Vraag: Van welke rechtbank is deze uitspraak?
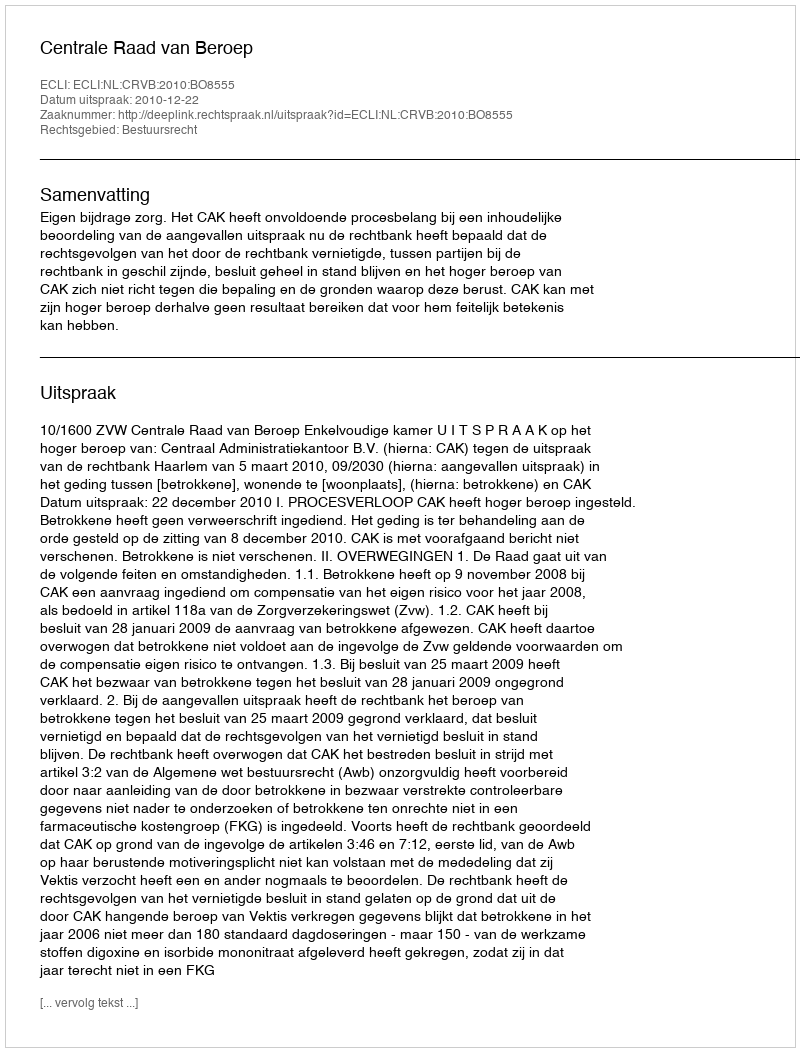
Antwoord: Centrale Raad van Beroep